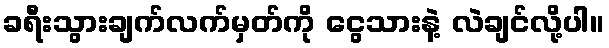
ခရီးသွားချက်လက်မှတ်ကို ငွေသားနဲ့ လဲချင်လို့ပါ။